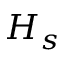
H _ { s }